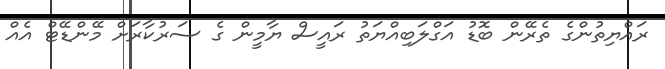
ރައްޔިތުންގެ ތެރޭން ބޮޑު އަގްލަބިއްޔަތު ރައީސް ޔާމީން ގެ ސަރުކާރަށް މޭންޑޭޓް އެއް